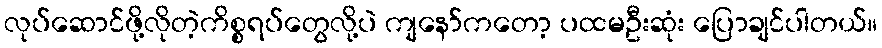
လုပ်ဆောင်ဖို့လိုတဲ့ကိစ္စရပ်တွေလို့ပဲ ကျနော်ကတော့ ပထမဦးဆုံး ပြောချင်ပါတယ်။